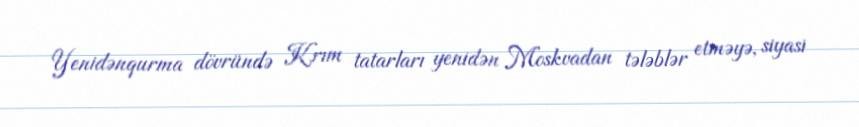
Yenidənqurma dövründə Krım tatarları yenidən Moskvadan tələblər etməyə, siyasi